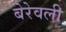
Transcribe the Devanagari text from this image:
बेरेवली